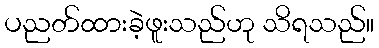
ပညတ်ထားခဲ့ဖူးသည်ဟု သိရသည်။